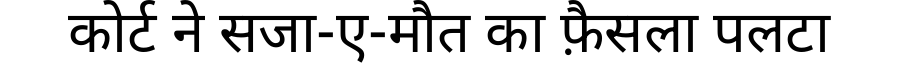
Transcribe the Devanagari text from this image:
कोर्ट ने सजा-ए-मौत का फ़ैसला पलटा